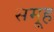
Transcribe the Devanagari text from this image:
समूूह